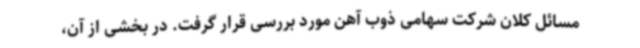
مسائل کلان شرکت سهامی ذوب آهن مورد بررسی قرار گرفت. در بخشی از آن،